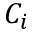
C _ { i }